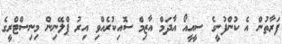
ފަރާތުން އެ ކުންފުނީގެ ސީއީއޯ އާދަމް އާޒިމް ސޮއިކުރެއްވި އިރު ޕްލޭނިން މިނިސްޓްރީގެ